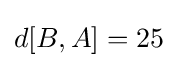
d[B,A]=25